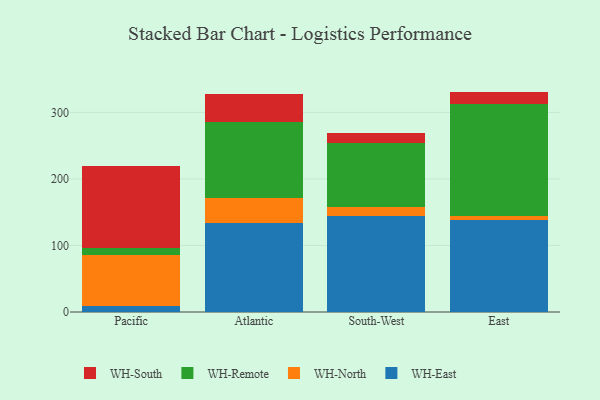
{"axis": {"x": "Region", "y": "Net Income (USD K)"}, "legend": ["WH-East", "WH-North", "WH-Remote", "WH-South"], "data": [{"x": "Pacific", "y": 8.5, "type": "WH-East"}, {"x": "Pacific", "y": 76.8, "type": "WH-North"}, {"x": "Pacific", "y": 11.4, "type": "WH-Remote"}, {"x": "Pacific", "y": 122.9, "type": "WH-South"}, {"x": "Atlantic", "y": 134.0, "type": "WH-East"}, {"x": "Atlantic", "y": 37.3, "type": "WH-North"}, {"x": "Atlantic", "y": 114.9, "type": "WH-Remote"}, {"x": "Atlantic", "y": 41.7, "type": "WH-South"}, {"x": "South-West", "y": 144.4, "type": "WH-East"}, {"x": "South-West", "y": 13.5, "type": "WH-North"}, {"x": "South-West", "y": 96.0, "type": "WH-Remote"}, {"x": "South-West", "y": 15.0, "type": "WH-South"}, {"x": "East", "y": 137.8, "type": "WH-East"}, {"x": "East", "y": 6.3, "type": "WH-North"}, {"x": "East", "y": 169.0, "type": "WH-Remote"}, {"x": "East", "y": 18.2, "type": "WH-South"}]}